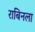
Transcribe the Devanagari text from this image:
राबिनला